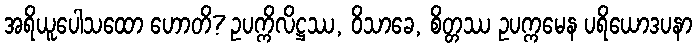
အရိယူပေါသထော ဟောတိ? ဥပက္ကိလိဋ္ဌဿ, ဝိသာခေ, စိတ္တဿ ဥပက္ကမေန ပရိယောဒပနာ